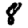
Digit: 8